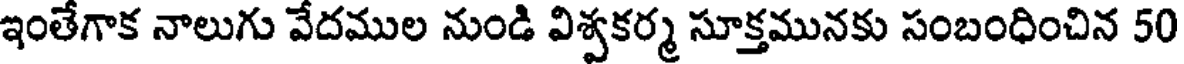
ఇంతేగాక నాలుగు వేదముల నుండి విశ్వకర్మ సూక్తమునకు సంబంధించిన 50